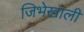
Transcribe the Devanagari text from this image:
जिभेखाली